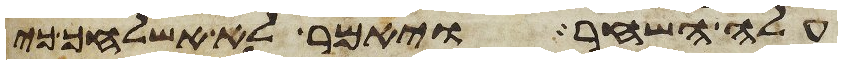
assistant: עלה השחר ויאמר לא אשלחך כי